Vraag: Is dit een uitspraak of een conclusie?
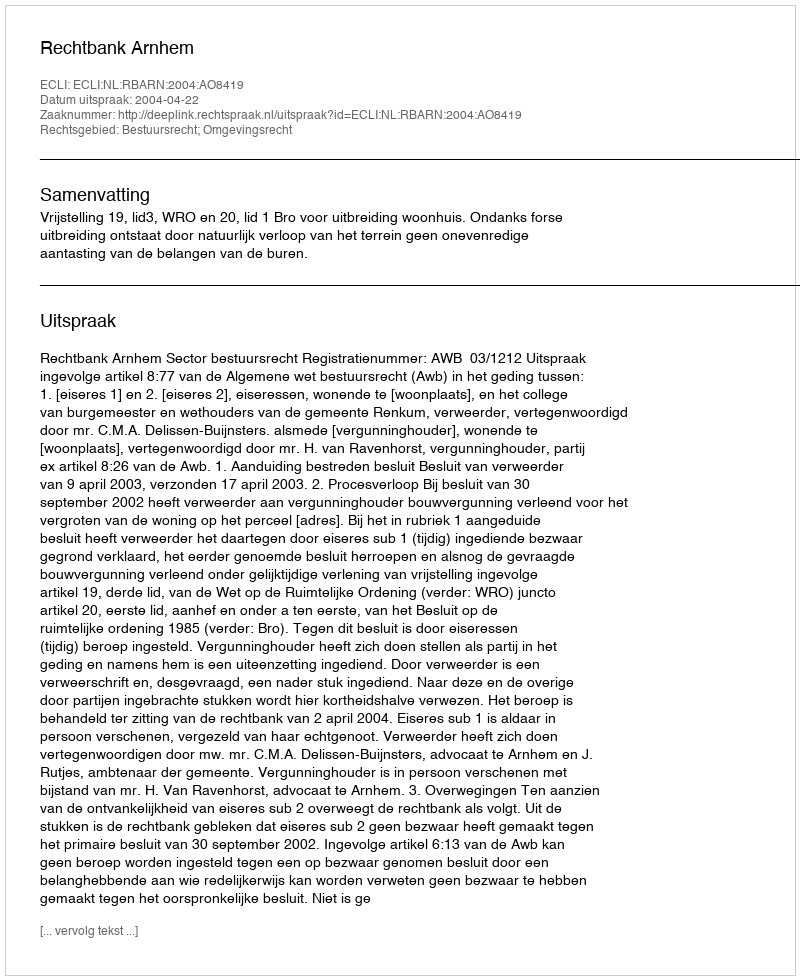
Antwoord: Uitspraak